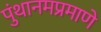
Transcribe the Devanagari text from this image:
पुंथानमप्रमाणे